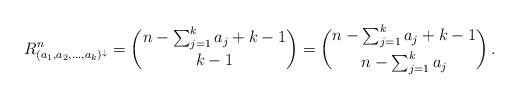
LaTeX: \begin{align*} R_{ (a_1,a_2, \dots , a_k )^{\downarrow} }^{n} = \binom{n - \sum_{j=1}^{k} a_{j} + k - 1}{k-1} = \binom{n - \sum_{j=1}^{k} a_{j} + k - 1}{n - \sum_{j=1}^{k} a_{j}}\,.\end{align*}